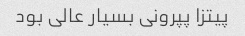
پیتزا پپرونی بسیار عالی بود